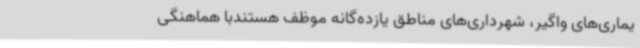
یماری‌های واگیر، شهرداری‌های مناطق یازده‌گانه موظف هستندبا هماهنگی